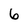
Character: 6